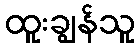
ထူးချွန်သူ